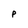
Character: P